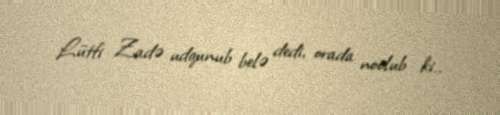
Lütfi Zadə udqunub belə dedi, orada noolub ki..